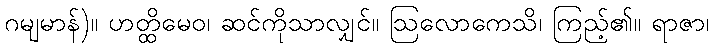
ဂမျမာန်)။ ဟတ္ထိမေဝ၊ ဆင်ကိုသာလျှင်။ ဩလောကေသိ၊ ကြည့်၏။ ရာဇာ၊